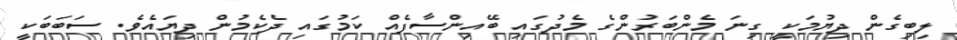
ލިބިގެން ދިޔުމަކީ ގިނަ މެންބަރުންގެ މެދުގައި ބޭއިންސާފެއް ކަމުގައި ދެކެމުން ދިޔައެވެ. ސަބަބަކީ